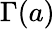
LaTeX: \Gamma(a)